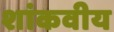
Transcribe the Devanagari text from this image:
शांकवीय